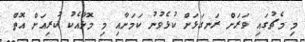
މި މެޗުގައި ވަރަށް ރަނގަޅަށް ކުޅެވުނު ކަމަށާއި މި މޮޅާއެކު ކުރިއަށް އޮތް